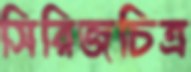
সিরিজচিত্র